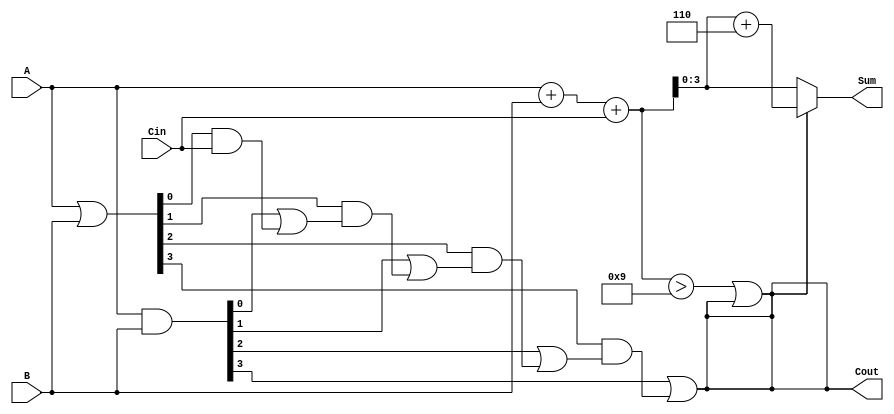
module BCD_Carry_Lookahead_Adder (
    input  wire [3:0] A,      // First BCD digit
    input  wire [3:0] B,      // Second BCD digit
    input  wire Cin,          // Carry input
    output reg  [3:0] Sum,    // BCD sum output
    output reg  Cout          // Carry output
);

    wire [4:0] S;            // Intermediate sum (5 bits to accommodate carry)
    wire [3:0] G;            // Generate signals
    wire [3:0] P;            // Propagate signals
    wire C1, C2, C3;         // Carry signals

    // Step 1: Initial sum calculation
    assign S = A + B + Cin;

    // Step 2: Generate and Propagate logic
    assign G = A & B;        // Generate
    assign P = A | B;        // Propagate

    // Carry lookahead logic
    assign C1 = G[0] | (P[0] & Cin);
    assign C2 = G[1] | (P[1] & C1);
    assign C3 = G[2] | (P[2] & C2);
    assign Cout = G[3] | (P[3] & C3);

    // Step 3: BCD correction logic
    always @(*) begin
        if (S > 9 || Cout) begin
            Sum = S[3:0] + 4'b0110; // Add 6 to correct BCD
        end else begin
            Sum = S[3:0]; // No correction needed
        end
    end

    // Final carry output
    always @(*) begin
        Cout = (S > 9) || Cout; // Set Cout if correction was needed
    end

endmodule